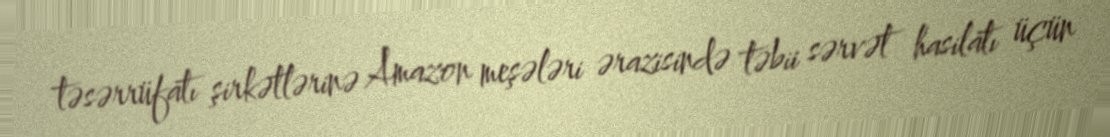
təsərrüfatı şirkətlərinə Amazon meşələri ərazisində təbii sərvət hasilatı üçün